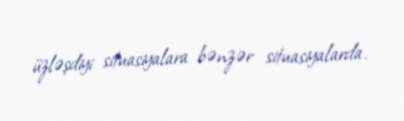
üzləşdiyi situasiyalara bənzər situasiyalarda.